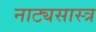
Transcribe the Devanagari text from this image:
नाट्यसास्त्र